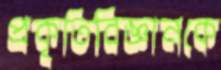
প্রকৃতিবিজ্ঞানকে